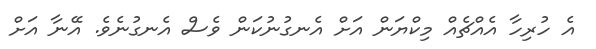
އެ ހުރިހާ އެއްޗެއް މިކްޔަން އަށް އެނގުނުކަން ވެސް އެނގުނެވެ. އޭނާ އަށް